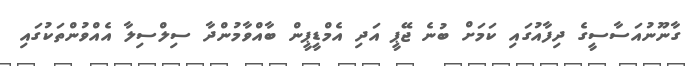
ގާނޫނުއަސާސީގެ ދިފާއުގައި ކަމަށް ބުނެ ޖޭޕީ އަދި އެމްޑީޕީން ބާއްވާމުންދާ ސިލްސިލާ އެއްވުންތަކުގައި